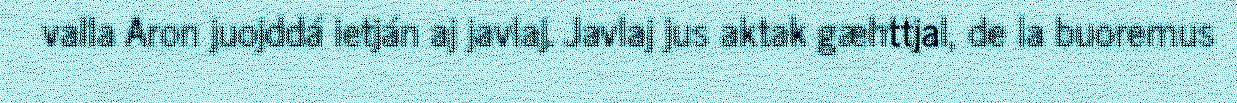
valla Aron juojddá ietján aj javlaj. Javlaj jus aktak gæhttjal, de la buoremus